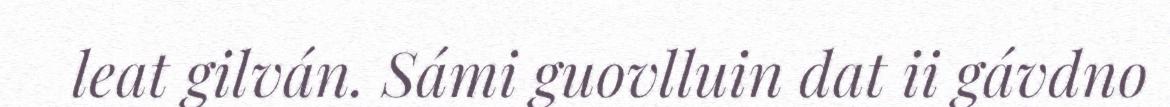
leat gilván. Sámi guovlluin dat ii gávdno